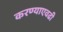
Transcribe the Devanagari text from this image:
करण्याएवढी